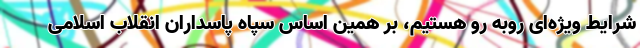
شرایط ویژه‌ای روبه رو هستیم، بر همین اساس سپاه پاسداران انقلاب اسلامی